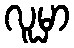
လူမှာ